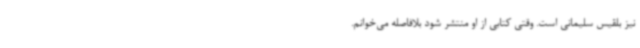
نیز بلقیس سلیمانی است. وقتی کتابی از او منتشر شود بلافاصله می‌خوانم.